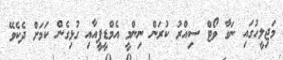
މަޖިލީހުގައި ނަގާ ވޯޓް ސިއްރު ކުރަން ނިންމީ އެމްޑީޕީއާއި ގުޅިގެން ކަމަށް ދެކެވޭ